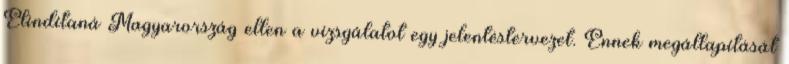
Elindítaná Magyarország ellen a vizsgálatot egy jelentéstervezet. Ennek megállapítását